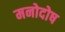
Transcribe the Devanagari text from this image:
मनोदोष